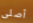
أصلى